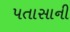
પતાસાની